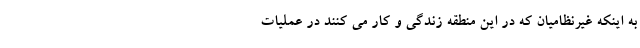
به اینکه غیرنظامیان که در این منطقه زندگی و کار می کنند در عملیات